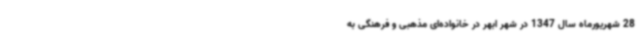
28 شهریورماه سال 1347 در شهر ابهر در خانواده‌ای مذهبی و فرهنگی به